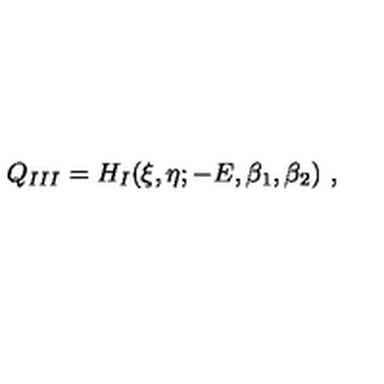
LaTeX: Q _ { I I I } = H _ { I } ( \xi , \eta ; - E , \beta _ { 1 } , \beta _ { 2 } ) \ ,